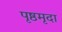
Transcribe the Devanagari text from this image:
पृष्ठमृदा